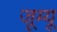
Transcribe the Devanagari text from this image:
जूम्यू